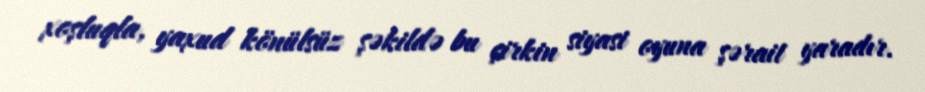
xoşluqla, yaxud könülsüz şəkildə bu çirkin siyasi oyuna şərait yaradır.